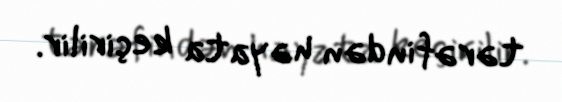
tərəfindən həyata keçirilir.